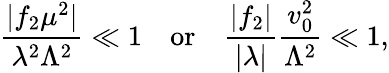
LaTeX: {\frac{|f_{2}\mu^{2}|}{\lambda^{2}\Lambda^{2}}}\ll 1\quad\mathrm{or}\quad{\frac{|f_{2}|}{|\lambda|}}{\frac{v_{0}^{2}}{\Lambda^{2}}}\ll 1,